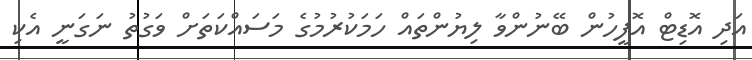
އަދި އޮޑިޓް އޮފީހުން ބޭނުންވާ ލިޔުންތައް ހަމަކުރުމުގެ މަސައްކަތަށް ވަގުތު ނަގަނީ އެކި